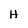
Character: H